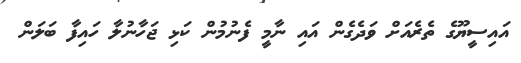
އައިސީޔޫގެ ތެރެއަށް ވަދެގެން އައި ނާމީ ފެނުމުން ކަޅި ޖަހާނުލާ ހައިފާ ބަލަން